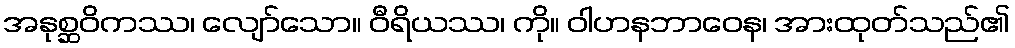
အနုစ္ဆဝိကဿ၊ လျော်သော။ ဝီရိယဿ၊ ကို။ ဝါဟနဘာဝေန၊ အားထုတ်သည်၏